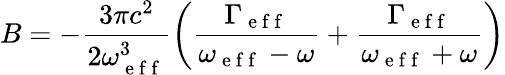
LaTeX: B=-\frac{3\pi c^{2}}{2\omega_{\mathrm{~e~f~f~}}^{3}}\left(\frac{\Gamma_{\mathrm{~e~f~f~}}}{\omega_{\mathrm{~e~f~f~}}-\omega}+\frac{\Gamma_{\mathrm{~e~f~f~}}}{\omega_{\mathrm{~e~f~f~}}+\omega}\right)